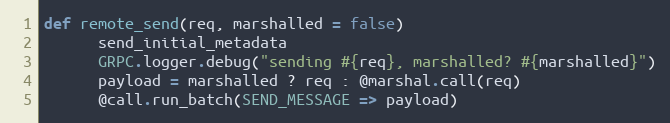
Language: Ruby
def remote_send(req, marshalled = false)
      send_initial_metadata
      GRPC.logger.debug("sending #{req}, marshalled? #{marshalled}")
      payload = marshalled ? req : @marshal.call(req)
      @call.run_batch(SEND_MESSAGE => payload)